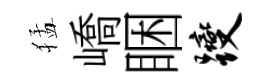
猛嶠睏躞